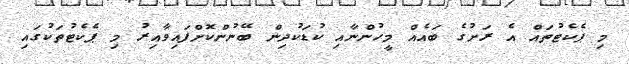
މި ޕެކެޓުތައް އެ ރަށުގެ ބައެއް މީހުންނާއި ކުޑަކުދިން ބޭނުންކޮށްފައިވާއިރު މި ޕެކެޓުތަކުގައި